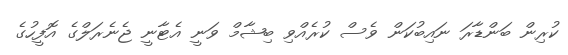
ކުރިން ބަންޑާރަ ނައިބުކަން ވެސް ކުރެއްވި ބިޝާމް ވަނީ އެޓާނީ ޖެނެރަލްގެ އޮފީހުގެ